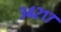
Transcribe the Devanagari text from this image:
३४२१७